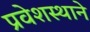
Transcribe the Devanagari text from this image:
प्रवेशस्थाने